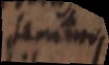
summe